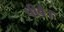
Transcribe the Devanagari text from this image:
पीवै।